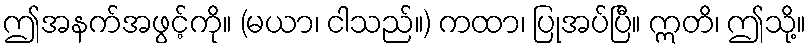
ဤအနက်အဖွင့်ကို။ (မယာ၊ ငါသည်။) ကထာ၊ ပြုအပ်ပြီ။ ဣတိ၊ ဤသို့။